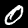
Label: 0